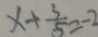
x + \frac { 3 } { 5 } = - 2